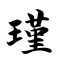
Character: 瑾